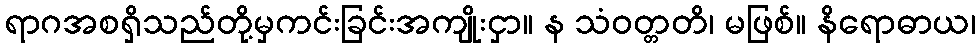
ရာဂအစရှိသည်တို့မှကင်းခြင်းအကျိုးငှာ။ န သံဝတ္တတိ၊ မဖြစ်။ နိရောဓာယ၊